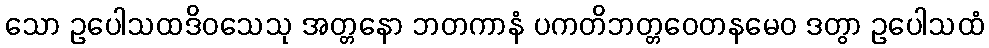
သော ဥပေါသထဒိဝသေသု အတ္တနော ဘတကာနံ ပကတိဘတ္တဝေတနမေဝ ဒတွာ ဥပေါသထံ